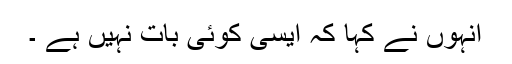
انہوں نے کہا کہ ایسی کوئی بات نہیں ہے ۔